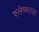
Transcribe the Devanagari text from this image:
श्लेष्मरस